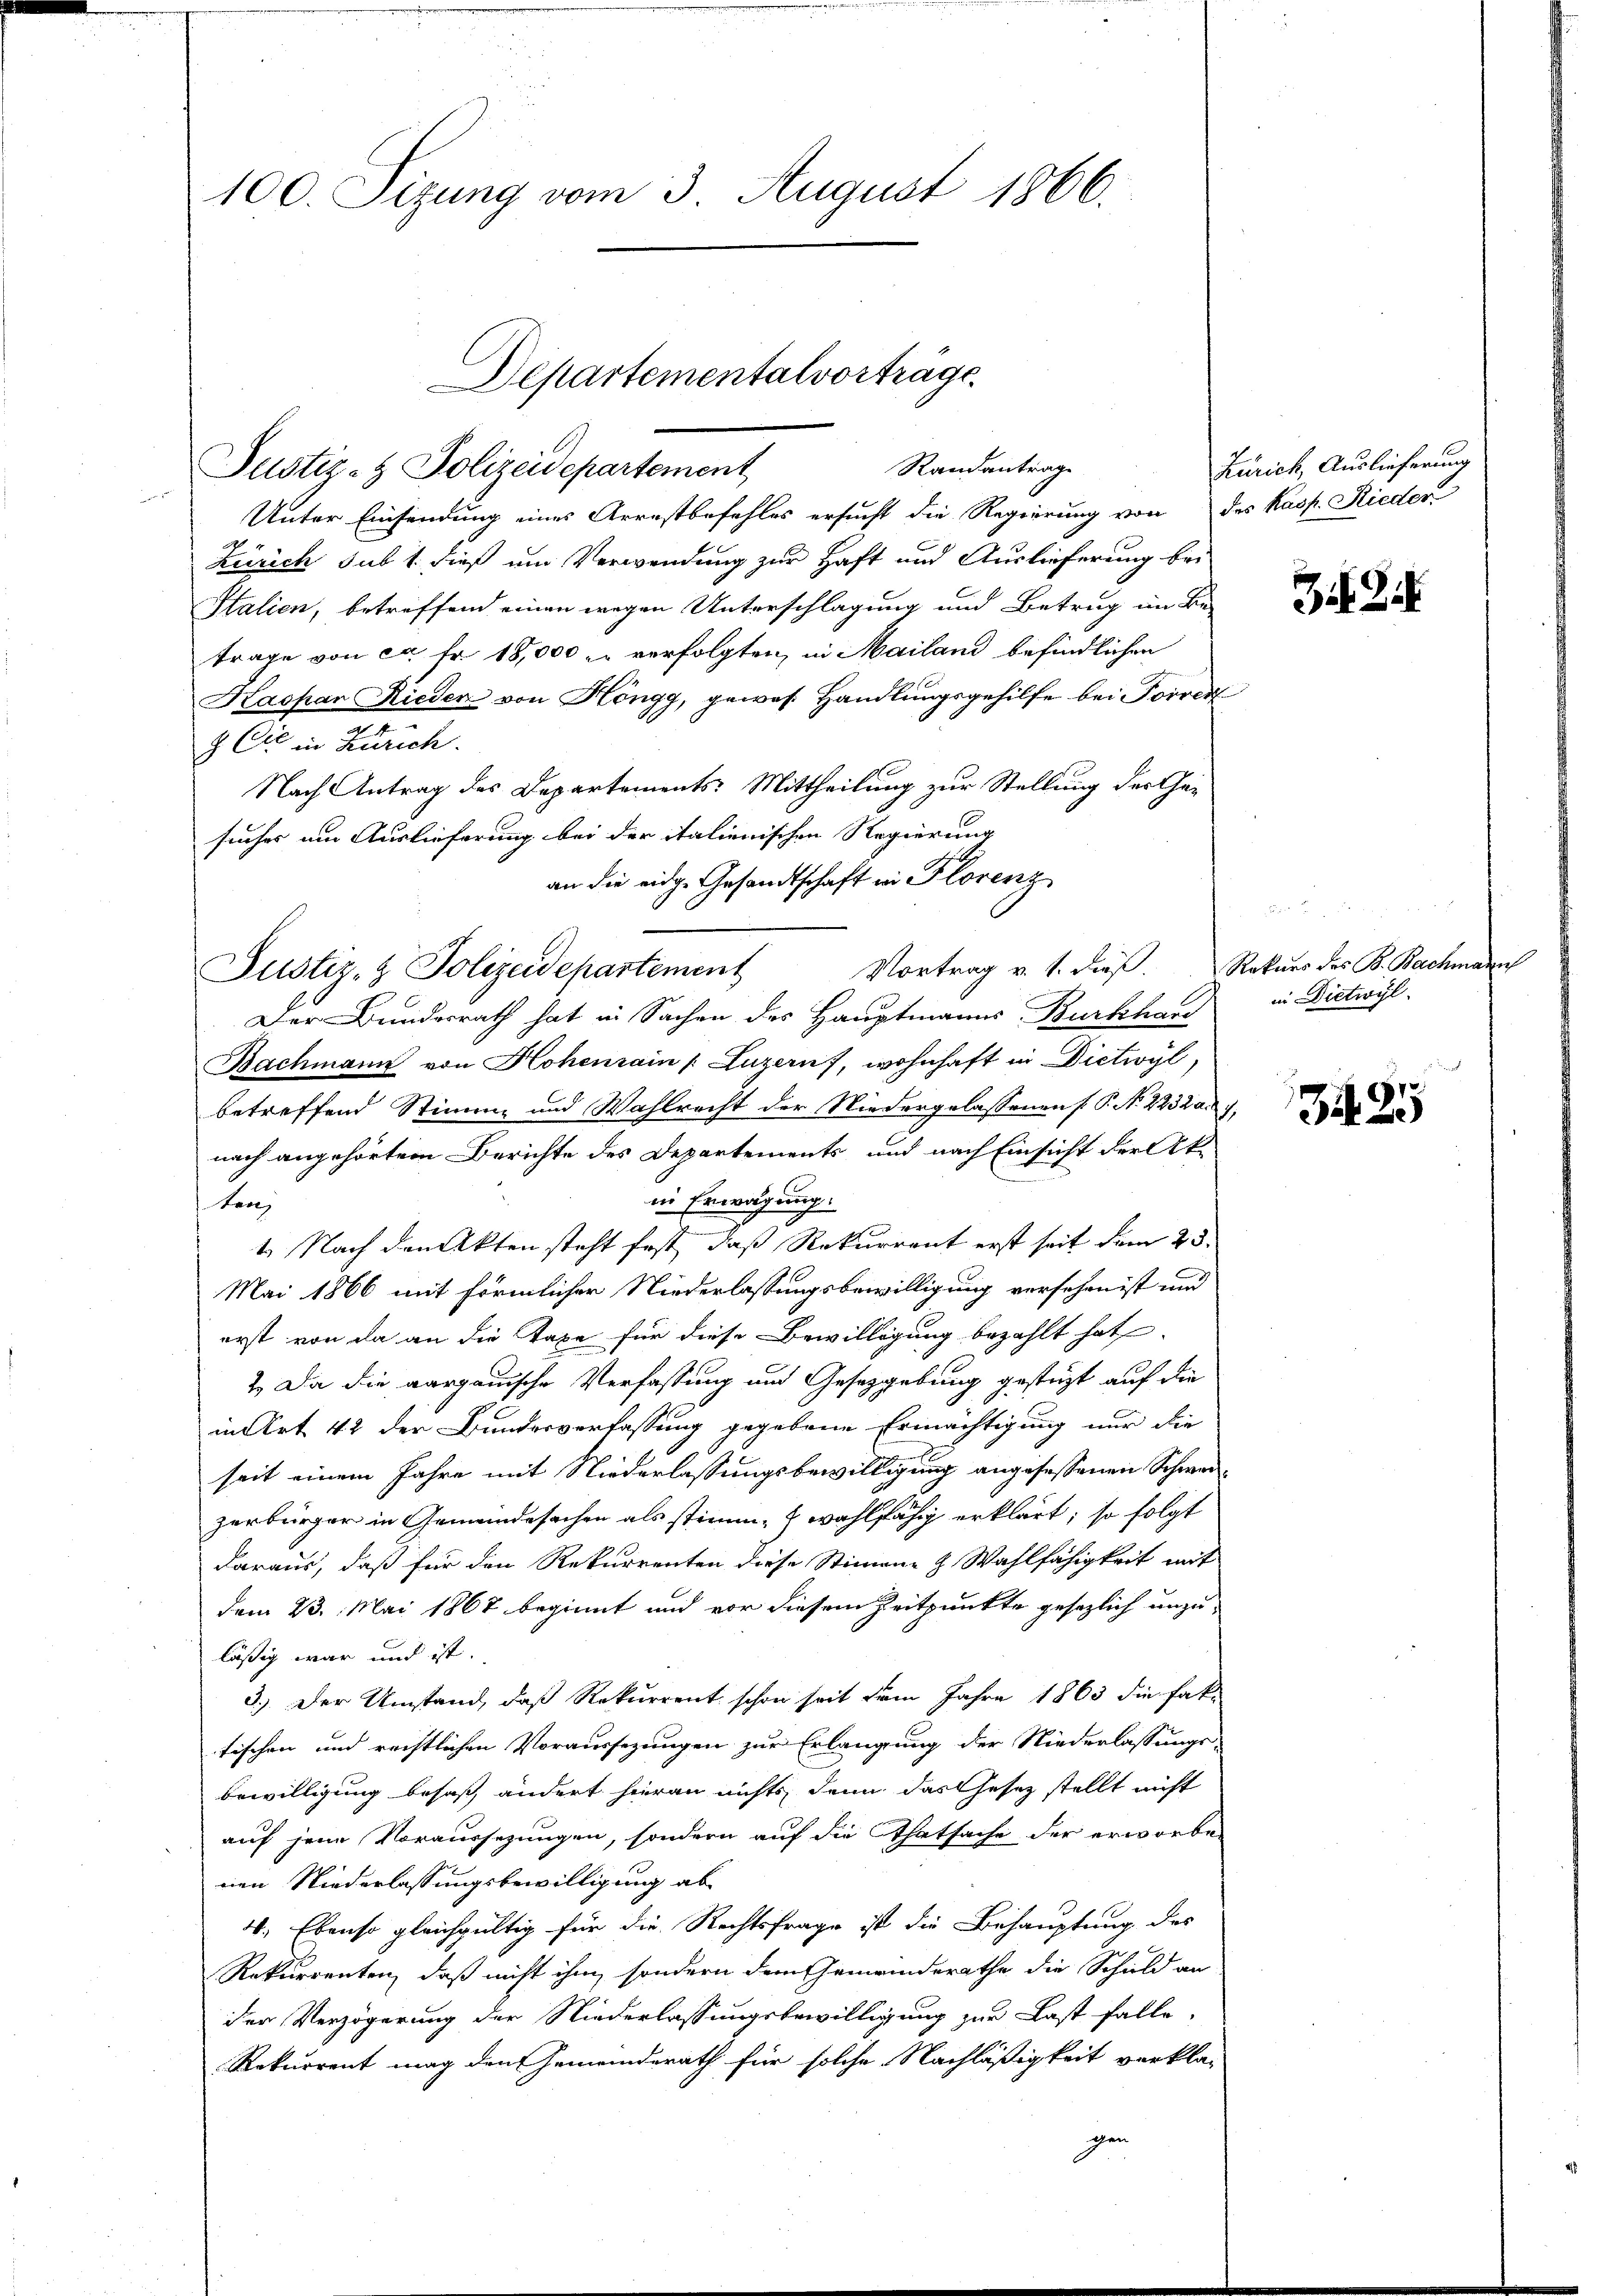
100. Sizung vom 3. August 1866.

Unter Einsendung eines Arrestbefehles ersucht die Regierung von des Kasp. Rieder
Zürich sub 1. dieß um Verwendung zur Haft und Auslieferung bei
Italien, betreffend einen wegen Unterschlagung und Betrug im Be-
trage von ca Fr. 18,000 u. verfolgten, in Mailand befindlichen
Kaopan Rieder von Höngg, gewes. Handlungsgehilfe bei Forrer
& Cie in Zürich.
Nach Antrag des Departements-Mittheilung zur Stellung der Ge-
suches um Auslieferung bei der italienischen Regierung
an die eidge Gesandtschaft in Florenz
Der Bunderrath hat in Sachen des Hauptmanns Burkhard
Bachmann von Hohenrain (Luzern, wohnhaft in Dietwyl,
betreffend Stimme und Wahlrecht der Niedergelassenen [P. N. 2232. 7,
nach angehörtem Berichte des Departements und nach Einsicht der Ak-
in Erwägung.
ten
1. Nach den Akten steht fest, daß Rekurrent erst seit dem 25.
Mai 1866 mit förmlicher Niederlassungsbewilligung versehen ist und
erst von da an die Taxe für diese Bewilligung bezahlt hat
2. Da die aargauische Verfassung und Gesetzgebung gestüzt auf die
in Art 42 der Bundesverfassung gegebene Ermächtigung nur die
seit einem Jahre mit Niederlassungsbewilligung angesessenen Schwerzerbürger in Gemeindesachen als stimm- & wahlfähig erklärt; so folgt
daraus, daß für den Rekurrenten diese Stimmene & Wahlfähigkeit mit
dem 23. Mai 1867 beginnt und vor diesem Zeitpunkte gesezlich unzu-
läßig war und ist.
3.) Der Umstand, daß Rekurrent schon seit dem Jahre 1863 die Fak-
tischen und rechtlichen Voraussezungen zur Erlangung der Niederlassungs-
bewilligung besaß ändert hieran nichts, denn das Gesetz stellt nicht
auf jene Voraussezungen, sondern auf die Thatsache der erworbenen Niederlassungsbewilligung ab
4. Ebenso gleichgültig für die Rechtsfrage ist die Behauptung des
Rekurrenten, daß nicht ihm, sondern dem Gemeinderathe die Schuld an
der Verzögerung der Niederlassungsbewilligung zur Last falle,
Rekurrent mag den Gemeinderath für solche Nachläßigkeit verkla-
gen

Departemental vorträge
Randantrag
Justiz- & Polizeidepartement

Justiz- & Polizeidepartement Vortrag v. 1. dieβ. Rekŭrs des B. Bachmann

Zürich, Auslieferung

342.

in Dietwyl

Zif. 215